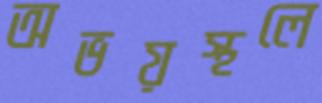
অভয়স্থলে